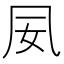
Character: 𫥟